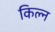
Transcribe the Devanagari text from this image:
किल्न